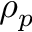
\rho _ { p }